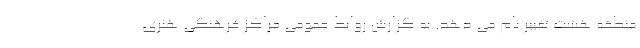
منطقه هشت تغییر نام می دهد. به گزارش روابط عمومی مراکز فرهنگی هنری